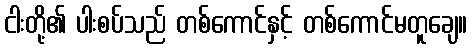
ငါးတို့၏ ပါးစပ်သည် တစ်ကောင်နှင့် တစ်ကောင်မတူချေ။